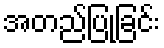
အတည်ပြုခြင်း